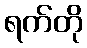
ရက်တို